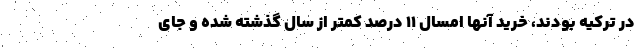
در ترکیه بودند، خرید آنها امسال ۱۱ درصد کمتر از سال گذشته شده و جای